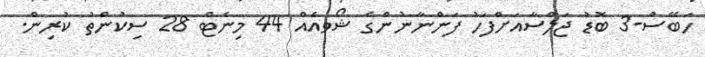
ހަބޭސް-3 ބޮޑު ޖަލްސާއަށްފަހު ފަންނާނުންގެ ޝޯވއެއް 44 މިނެޓް 28 ސިކުންތު ކުރިން.